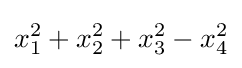
x_{1}^{2}+x_{2}^{2}+x_{3}^{2}-x_{4}^{2}